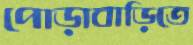
পোড়াবাড়িতে